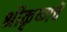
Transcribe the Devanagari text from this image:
श्रीकृष्णचॆ